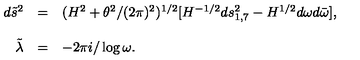
\begin{array} { r c l } { d { \tilde { s } } ^ { 2 } } & { = } & { ( H ^ { 2 } + \theta ^ { 2 } / ( 2 \pi ) ^ { 2 } ) ^ { 1 / 2 } [ H ^ { - 1 / 2 } d s _ { 1 , 7 } ^ { 2 } - H ^ { 1 / 2 } d \omega d { \bar { \omega } } ] , } \\ { } & { } & { } \\ { { \tilde { \lambda } } } & { = } & { - 2 \pi i / \log { \omega } . } \\ \end{array}